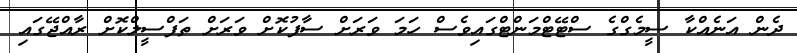
ދެން އަނެއްކާ ސީމެގްގެ ސްޓޭޓްމަންޓްގައިވެސް ހަަމަ ވަރަށް ސާފުކޮށް ވަރަށް ތަފްސީލްކޮށް ރާއްޖޭގައި